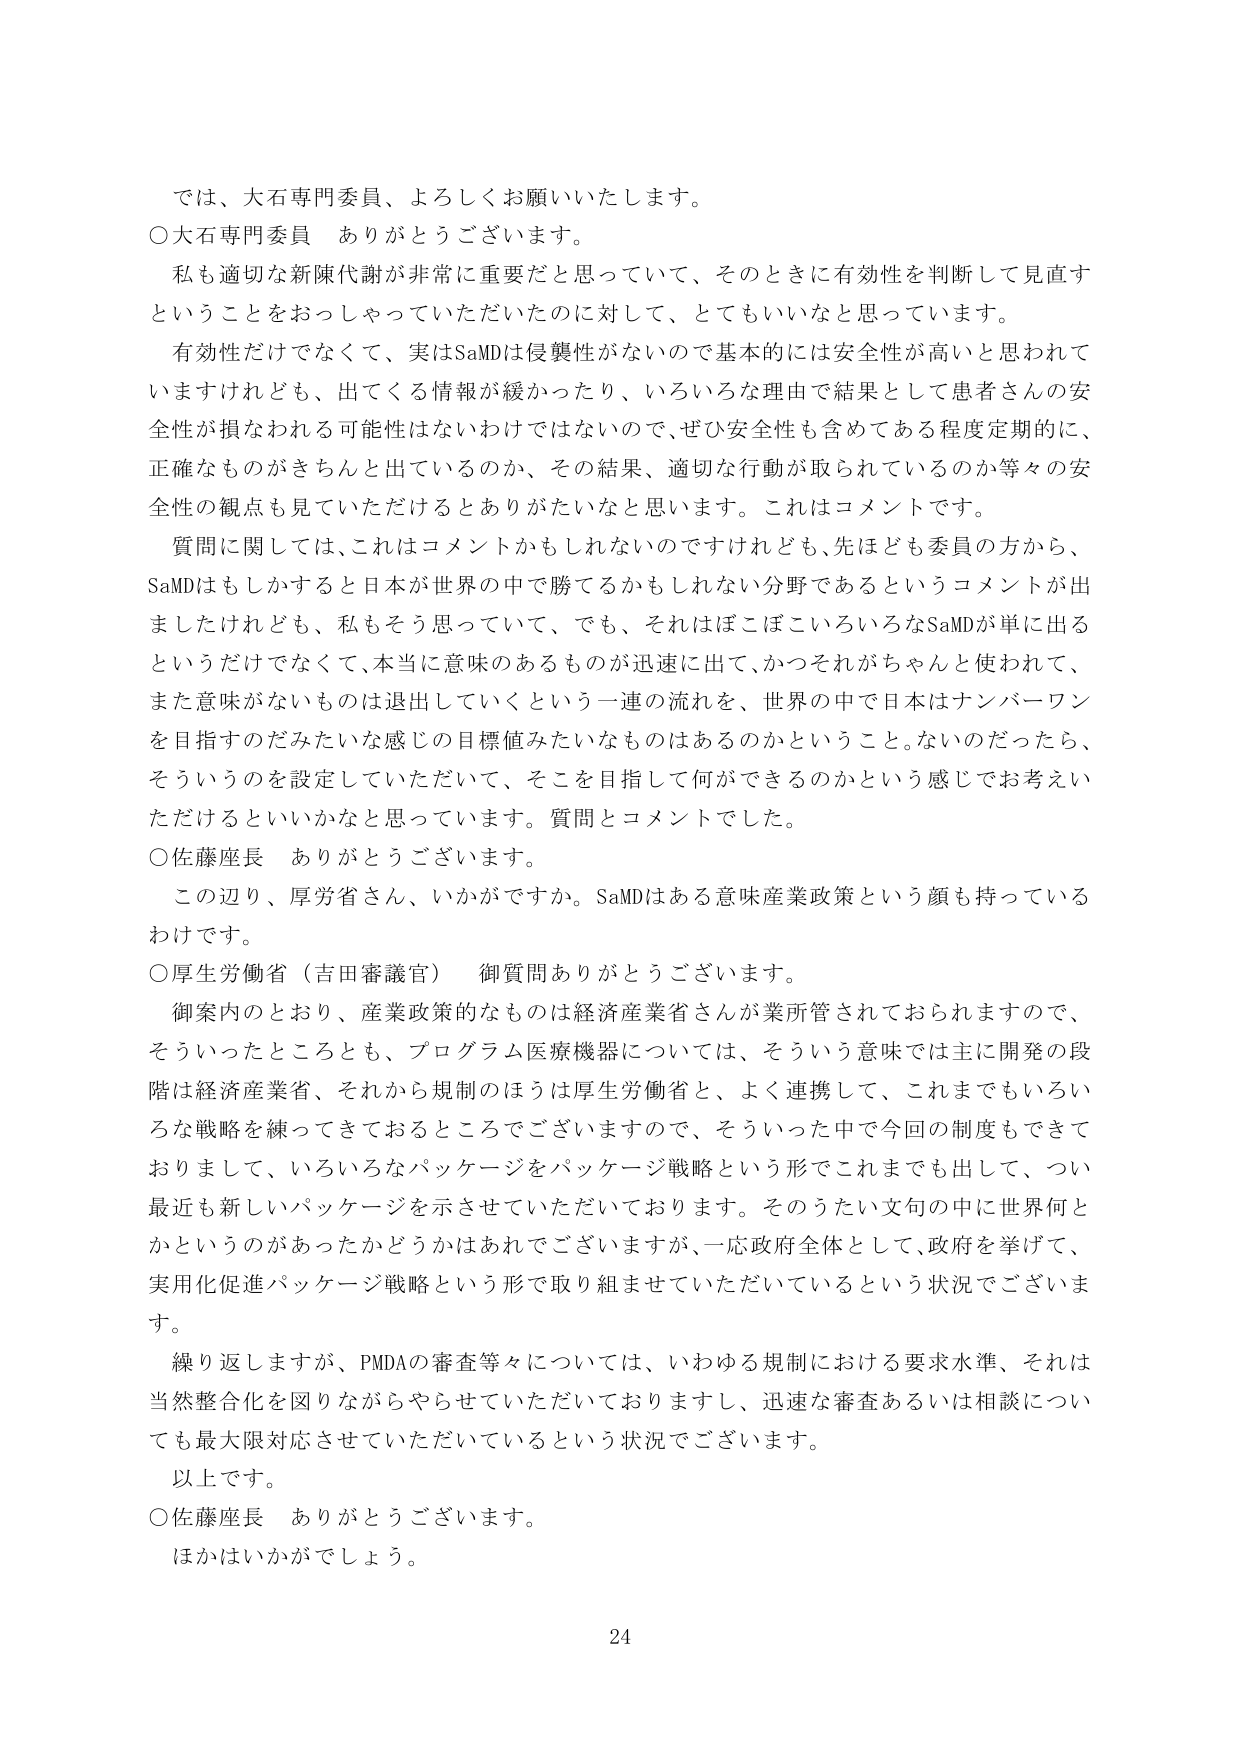
では、大石専門委員、よろしくお願いいたします。
○大石専門委員　ありがとうございます。
　私も適切な新陳代謝が非常に重要だと思っていて、そのときに有効性を判断して見直すということをおっしゃっていただいたのに対して、とてもいいなと思っています。
　有効性だけでなく、実はSaMDは侵襲性がないので基本的には安全性が高いと思われていますけれども、出てくる情報が緩かったり、いろいろな理由で結果として患者さんの安全性が損なわれる可能性はないわけではないので、ぜひ安全性も含めてある程度定期的に、正確なものがきちんと出ているのか、その結果、適切な行動が取られているのか等々の安全性の観点も見ていただけるとありがたいなと思います。これはコメントです。
　質問に関しては、これはコメントかもしれないのですけれども、先ほども委員の方から、SaMDはもしかすると日本が世界の中で勝てるかもしれない分野であるというコメントが出ましたけれども、私もそう思っていて、でも、それはぼこぼこいろいろなSaMDが単に出るというだけでなく、本当に意味のあるものが迅速に出て、かつそれがちゃんと使われて、また意味がないものは退出していくという一連の流れを、世界の中で日本はナンバーワンを目指すのだみたいな感じの目標値みたいなものはあるのかということ。ないのだったら、そういうのを設定していただいて、そこを目指して何ができるのかという感じでお考えいただけるといいかなと思っています。質問とコメントでした。
○佐藤座長　ありがとうございます。
　この辺り、厚労省さん、いかがですか。SaMDはある意味産業政策という顔も持っているわけです。
○厚生労働省（吉田審議官）　御質問ありがとうございます。
　御案内のとおり、産業政策的なものは経済産業省さんが業所管されておられますので、そういったところとも、プログラム医療機器については、そういう意味では主に開発の段階は経済産業省、それから規制のほうは厚生労働省と、よく連携して、これまでもいろいろな戦略を練ってきておるところでございますので、そういった中で今回の制度もできておりまして、いろいろなパッケージをパッケージ戦略という形でこれまでも出して、つい最近も新しいパッケージを示させていただいております。そのうたい文句の中に世界何とかというのがあったかどうかはあれでございますが、一応政府全体として、政府を挙げて、実用化促進パッケージ戦略という形で取り組ませていただいているという状況でございます。
　繰り返しますが、PMDAの審査等々については、いわゆる規制における要求水準、それは当然整合化を図りながらやらせていただいておりますし、迅速な審査あるいは相談についても最大限対応させていただいているという状況でございます。
　以上です。
○佐藤座長　ありがとうございます。
　ほかはいかがでしょう。
24